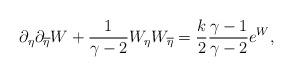
LaTeX: \begin{align*}\partial_{\eta}\partial_{\overline{\eta}}W+{1\over{\gamma -2}}W_{\eta}W_{\overline{\eta}}={k\over 2}{{\gamma-1}\over{\gamma-2}}e^W,\end{align*}